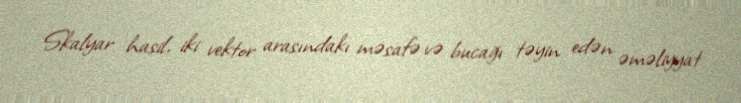
Skalyar hasil, iki vektor arasındakı məsafə və bucağı təyin edən əməliyyat